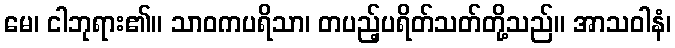
မေ၊ ငါဘုရား၏။ သာဝကပရိသာ၊ တပည့်ပရိတ်သတ်တို့သည်။ အာသဝါနံ၊